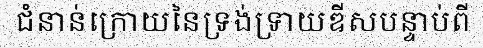
ជំនាន់ក្រោយនៃទ្រង់ទ្រាយឌីសបន្ទាប់ពី